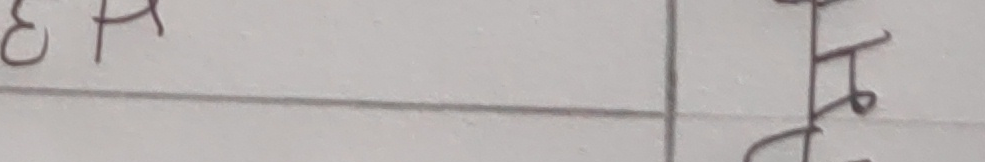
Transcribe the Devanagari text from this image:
हेर्दै